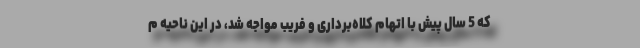
که 5 سال پیش با اتهام کلاه‌برداری و فریب مواجه شد، در این ناحیه م